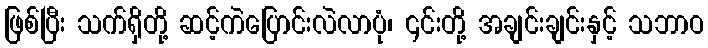
ဖြစ်ပြီး သက်ရှိတို့ ဆင့်ကဲပြောင်းလဲလာပုံ၊ ၎င်းတို့ အချင်းချင်းနှင့် သဘာဝ